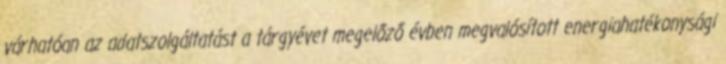
várhatóan az adatszolgáltatást a tárgyévet megelőző évben megvalósított energiahatékonysági